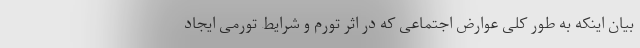
بیان اینکه به طور کلی عوارض اجتماعی که در اثر تورم و شرایط تورمی ایجاد